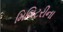
મિલિટરીના